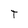
Character: T